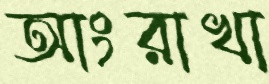
আংরাখা